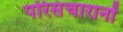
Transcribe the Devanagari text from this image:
परिसंचारानों